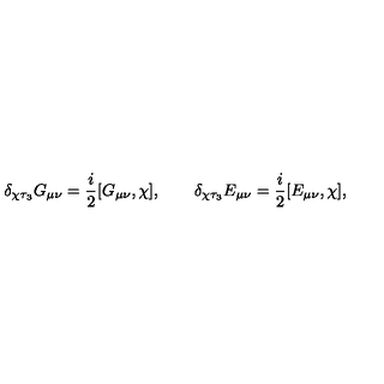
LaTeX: \delta _ { \chi \tau _ { 3 } } G _ { \mu \nu } = \frac i 2 [ G _ { \mu \nu } , \chi ] , \qquad \delta _ { \chi \tau _ { 3 } } E _ { \mu \nu } = \frac i 2 [ E _ { \mu \nu } , \chi ] ,